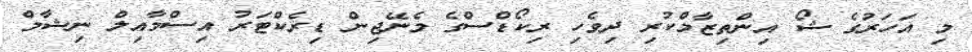
މި އަހަރުގެ ޝޯ އިންތިޒާމްކުރި ދިވެހި ރިކޯޑްސްގެ މެނޭޖިން ޑިރެކްޓަރު އިސްމާއިލް ނިޝާމް